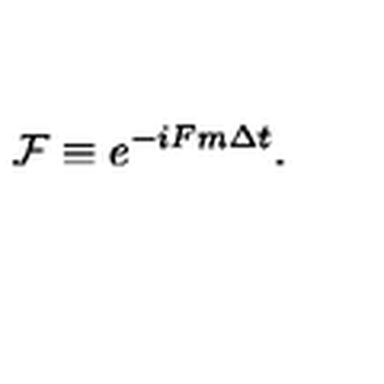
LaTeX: \mathcal { F } \equiv e ^ { - i F m \Delta t } .